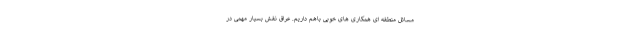
مسائل منطقه ای همکاری های خوبی باهم داریم. عراق نقش بسیار مهمی در